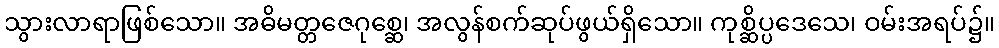
သွားလာရာဖြစ်သော။ အဓိမတ္တဇေဂုစ္ဆေ၊ အလွန်စက်ဆုပ်ဖွယ်ရှိသော။ ကုစ္ဆိပ္ပဒေသေ၊ ဝမ်းအရပ်၌။